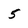
Character: 5